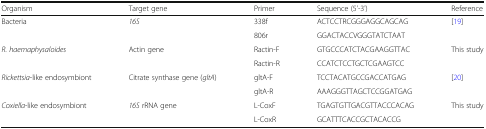
| Organism | Target gene | Primer | Sequence (5'-3') | Reference |
 | --- | --- | --- | --- | --- |
 | <ROWSPAN=2> Bacteria | <ROWSPAN=2> 16S | 338f | ACTCCTRCGGGAGGCAGCAG | [19] |
 | 806r | GGACTACCVGGGTATCTAAT |  |
 | <ROWSPAN=2> R. haemaphysaloides | <ROWSPAN=2> Actin gene | Ractin-F | GTGCCCATCTACGAAGGTTAC | This study |
 | Ractin-R | CCATCTCCTGCTCGAAGTCC |  |
 | <ROWSPAN=2> Rickettsia-like endosymbiont | <ROWSPAN=2> Citrate synthase gene (gltA) | gltA-F | TCCTACATGCCGACCATGAG | [20] |
 | gltA-R | AAAGGGTTAGCTCCGGATGAG |  |
 | <ROWSPAN=2> Coxiella-like endosymbiont | <ROWSPAN=2> 16S rRNA gene | L-CoxF | TGAGTGTTGACGTTACCCACAG | This study |
 | L-CoxR | GCATTTCACCGCTACACCG |  |